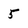
Character: 5